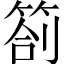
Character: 箚